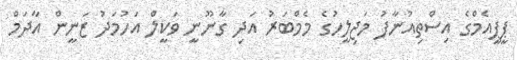
ޕީޕީއެމްގެ އިސްތިއުނާފު މަޖިލީހުގެ މެމްބަރު އަދި ގާނޫނީ ވަކީލް އަހުމަދު ޒަނީން އާދަމް